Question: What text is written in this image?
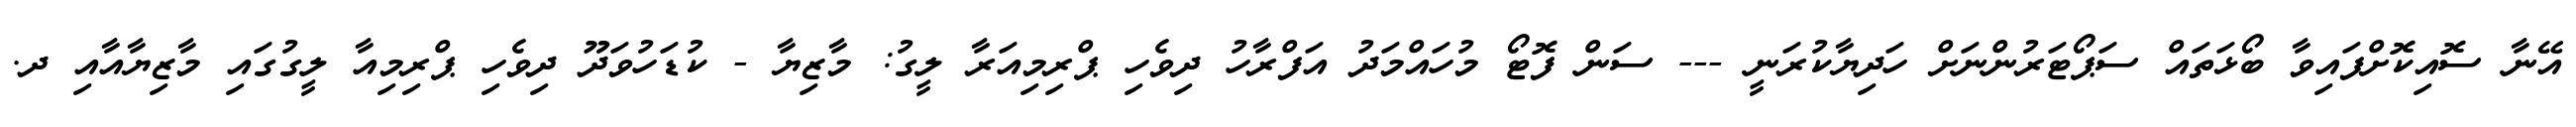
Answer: އޭނާ ސޮއިކޮށްފައިވާ ބޯޅަތައް ސަޕޯޓަރުންނަށް ހަދިޔާކުރަނީ --- ސަން ފޮޓޯ މުހައްމަދު އަފްރާހު ދިވެހި ޕްރިމިއަރާ ލީގު: މާޒިޔާ - ކުޑަހުވަދޫ ދިވެހި ޕްރިމިއާ ލީގުގައި މާޒިޔާއާއި ދ.